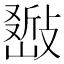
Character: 𢿚